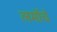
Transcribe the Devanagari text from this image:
लमोंचे